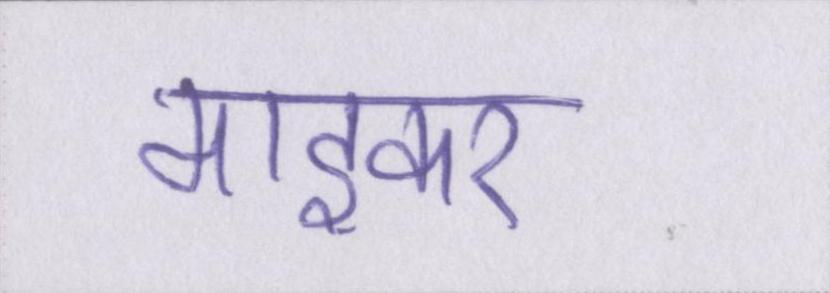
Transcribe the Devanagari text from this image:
माइकर